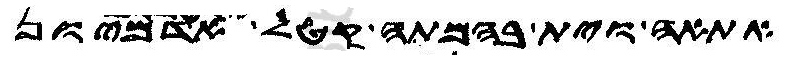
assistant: אתאה וית בהמתה קטל יקטלון